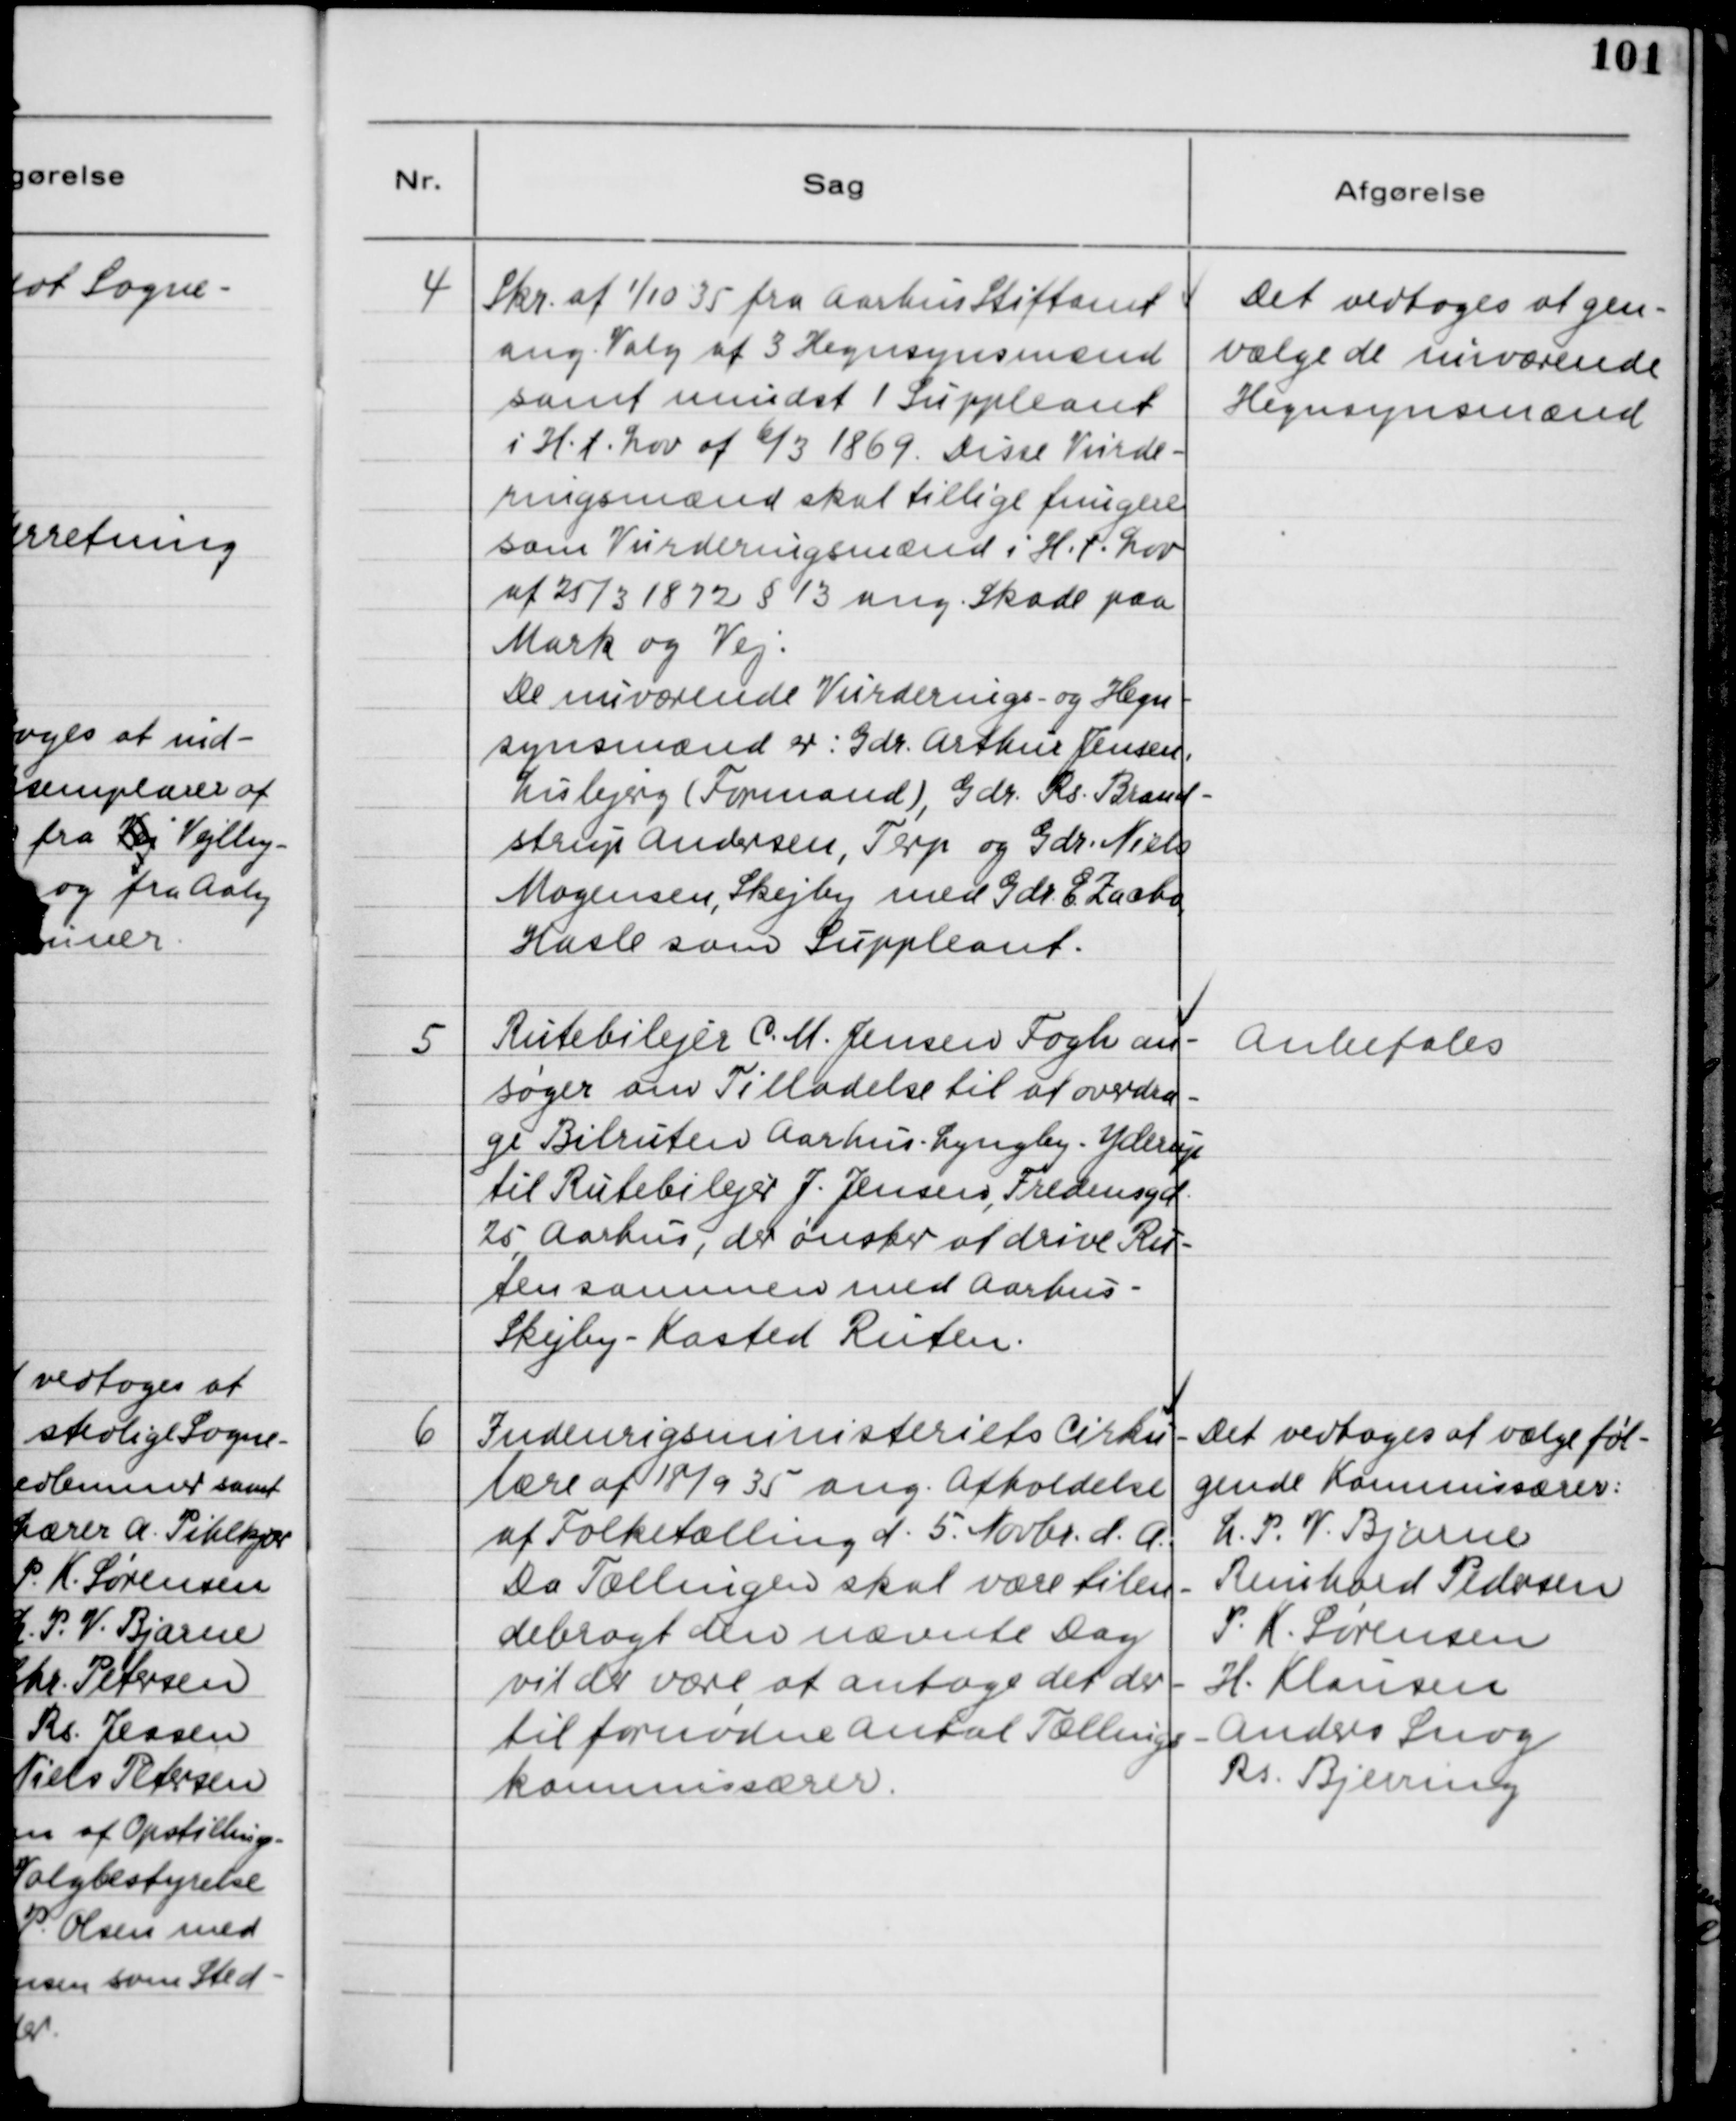
Transskription:
4
Skr. af 1/10 35 fra Aarhus Stiftamt
ang. Valg af 3 Hegnsynsmænd
samt mindst 1 Suppleant
i H.T. Lov af 6/3 1869. Disse Vurde-
ningsmænd skal tillige fungere
som Vurderingsmænd i H.t. Lov
af 25/3 1872 § 13 ang. Skade paa
Mark og Vej:
De nuværende Vurderings- og Hegn-
synsmænd er: Gdr. Arthur Jensen,
Lisbjerg (Formand), Gdr. Rs. Brand-
strup Andersen, Terp og Gdr. Niels
Mogensen, Skejby med Gdr. E. Zaboo,
Hasle som Suppleant.
Det vedtoges at gen-
vælge de nuværende
Hegnsynsmænd
5
Rutebilejer C.M. Jensen Fogh an-
søger om Tilladelse til at overdra-
ge Bilruten Aarhus - Lyngby - Yderup
til Rutebilejer J. Jensen, Fredensyd
25, Aarhus, der ønsker at drive Rut-
ten sammen med Aarhus -
Skejby - Kasted Ruten.
Anbefales
6
Indenrigsministeriets Cirku-
lære af 18/9 35 ang. Afholdelse
af Folketælling d. 5. Novbr. d. A.
Da Tællingen skal være tilen
debragt den nævnte Dag
vil der være at antage der der-
til fornødne Antal Tællings-
kommissærer.
Det vedtoges at vælge føl-
gende Kommissærer:
N.P.V. Bjarne
Henhard Pedersen
P. K. Sørensen
H. Klausen
Anders Snog
Rs. Bjerring